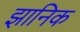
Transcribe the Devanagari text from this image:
झानिक